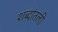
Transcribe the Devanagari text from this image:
शब्दांतली